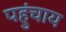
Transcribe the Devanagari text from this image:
पहुंचाय